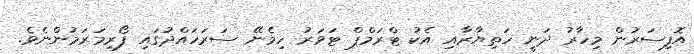
އޮފިސަރުން މިހާރު ދަނީ ހަތިޔާރާއި އެކު ޓްރަމްޕް ޓަވަރު ހިމެނޭ ސަރަހައްދުގައި ފޯރިމަރަމުންނެވެ.